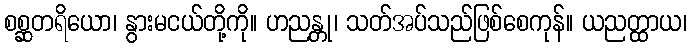
စစ္ဆတရိယော၊ နွားမငယ်တို့ကို။ ဟညန္တု၊ သတ်အပ်သည်ဖြစ်စေကုန်။ ယညတ္ထာယ၊